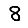
Digit: 8